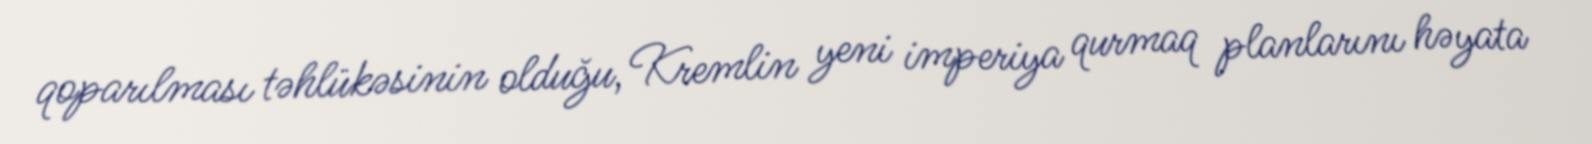
qoparılması təhlükəsinin olduğu, Kremlin yeni imperiya qurmaq planlarını həyata